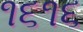
૧૬૧૬